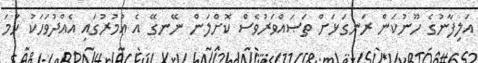
އަލިފާނުގެ ހޫނުކަން ރަނގަޅަށް ތަޞައްވަރުވެސް ކޮށްލަން ނޭނގޭ އެ ޢުމުރުގައި އެއްދުވަހަކު ހަމަ